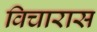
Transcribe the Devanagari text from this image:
विचारास